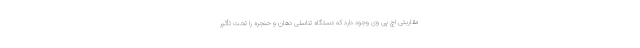
مقاربتی اچ پی وی وجود دارد که دستگاه تناسلی دهان و حنجره را تحت تأثیر